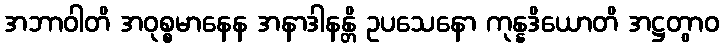
အဘာဝါတိ အဝုစ္စမာနေန အနာဒါနန္တိ ဥပသေနော ကုန္နဒိယောတိ အဋ္ဌတွာဝ